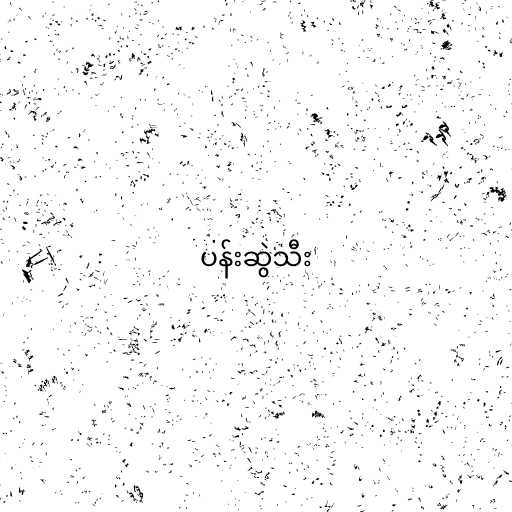
ပန်းဆွဲသီး